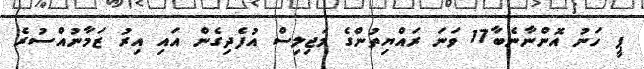
ޕީ ހަނު އޮންނާނެބާ17 ވަނަ ރައްޔިތުންގެ މަޖިލިސް އުފެދިގެން އައި އިރު ޒަމާނުއްސުރެ